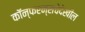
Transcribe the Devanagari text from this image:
कॉन्फरन्सचेदेखील